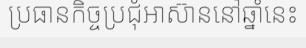
ប្រធានកិច្ចប្រជុំអាស៊ាននៅឆ្នាំនេះ